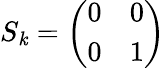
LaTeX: {{S}_{\mathit{k}}}=\left(\begin{array}{ll}{0}&{0}\\ {0}&{1}\end{array}\right)